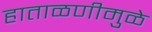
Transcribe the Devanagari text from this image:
हाताळणीमुळे